Bréfritari: Björn Ólafsson
Viðtakandi: Jón Borgfirðings Jónsson
Dagsetning: A-1861-02-17
Skrifað á: Ytri-Hlíð  N-Múl.
Óvíst

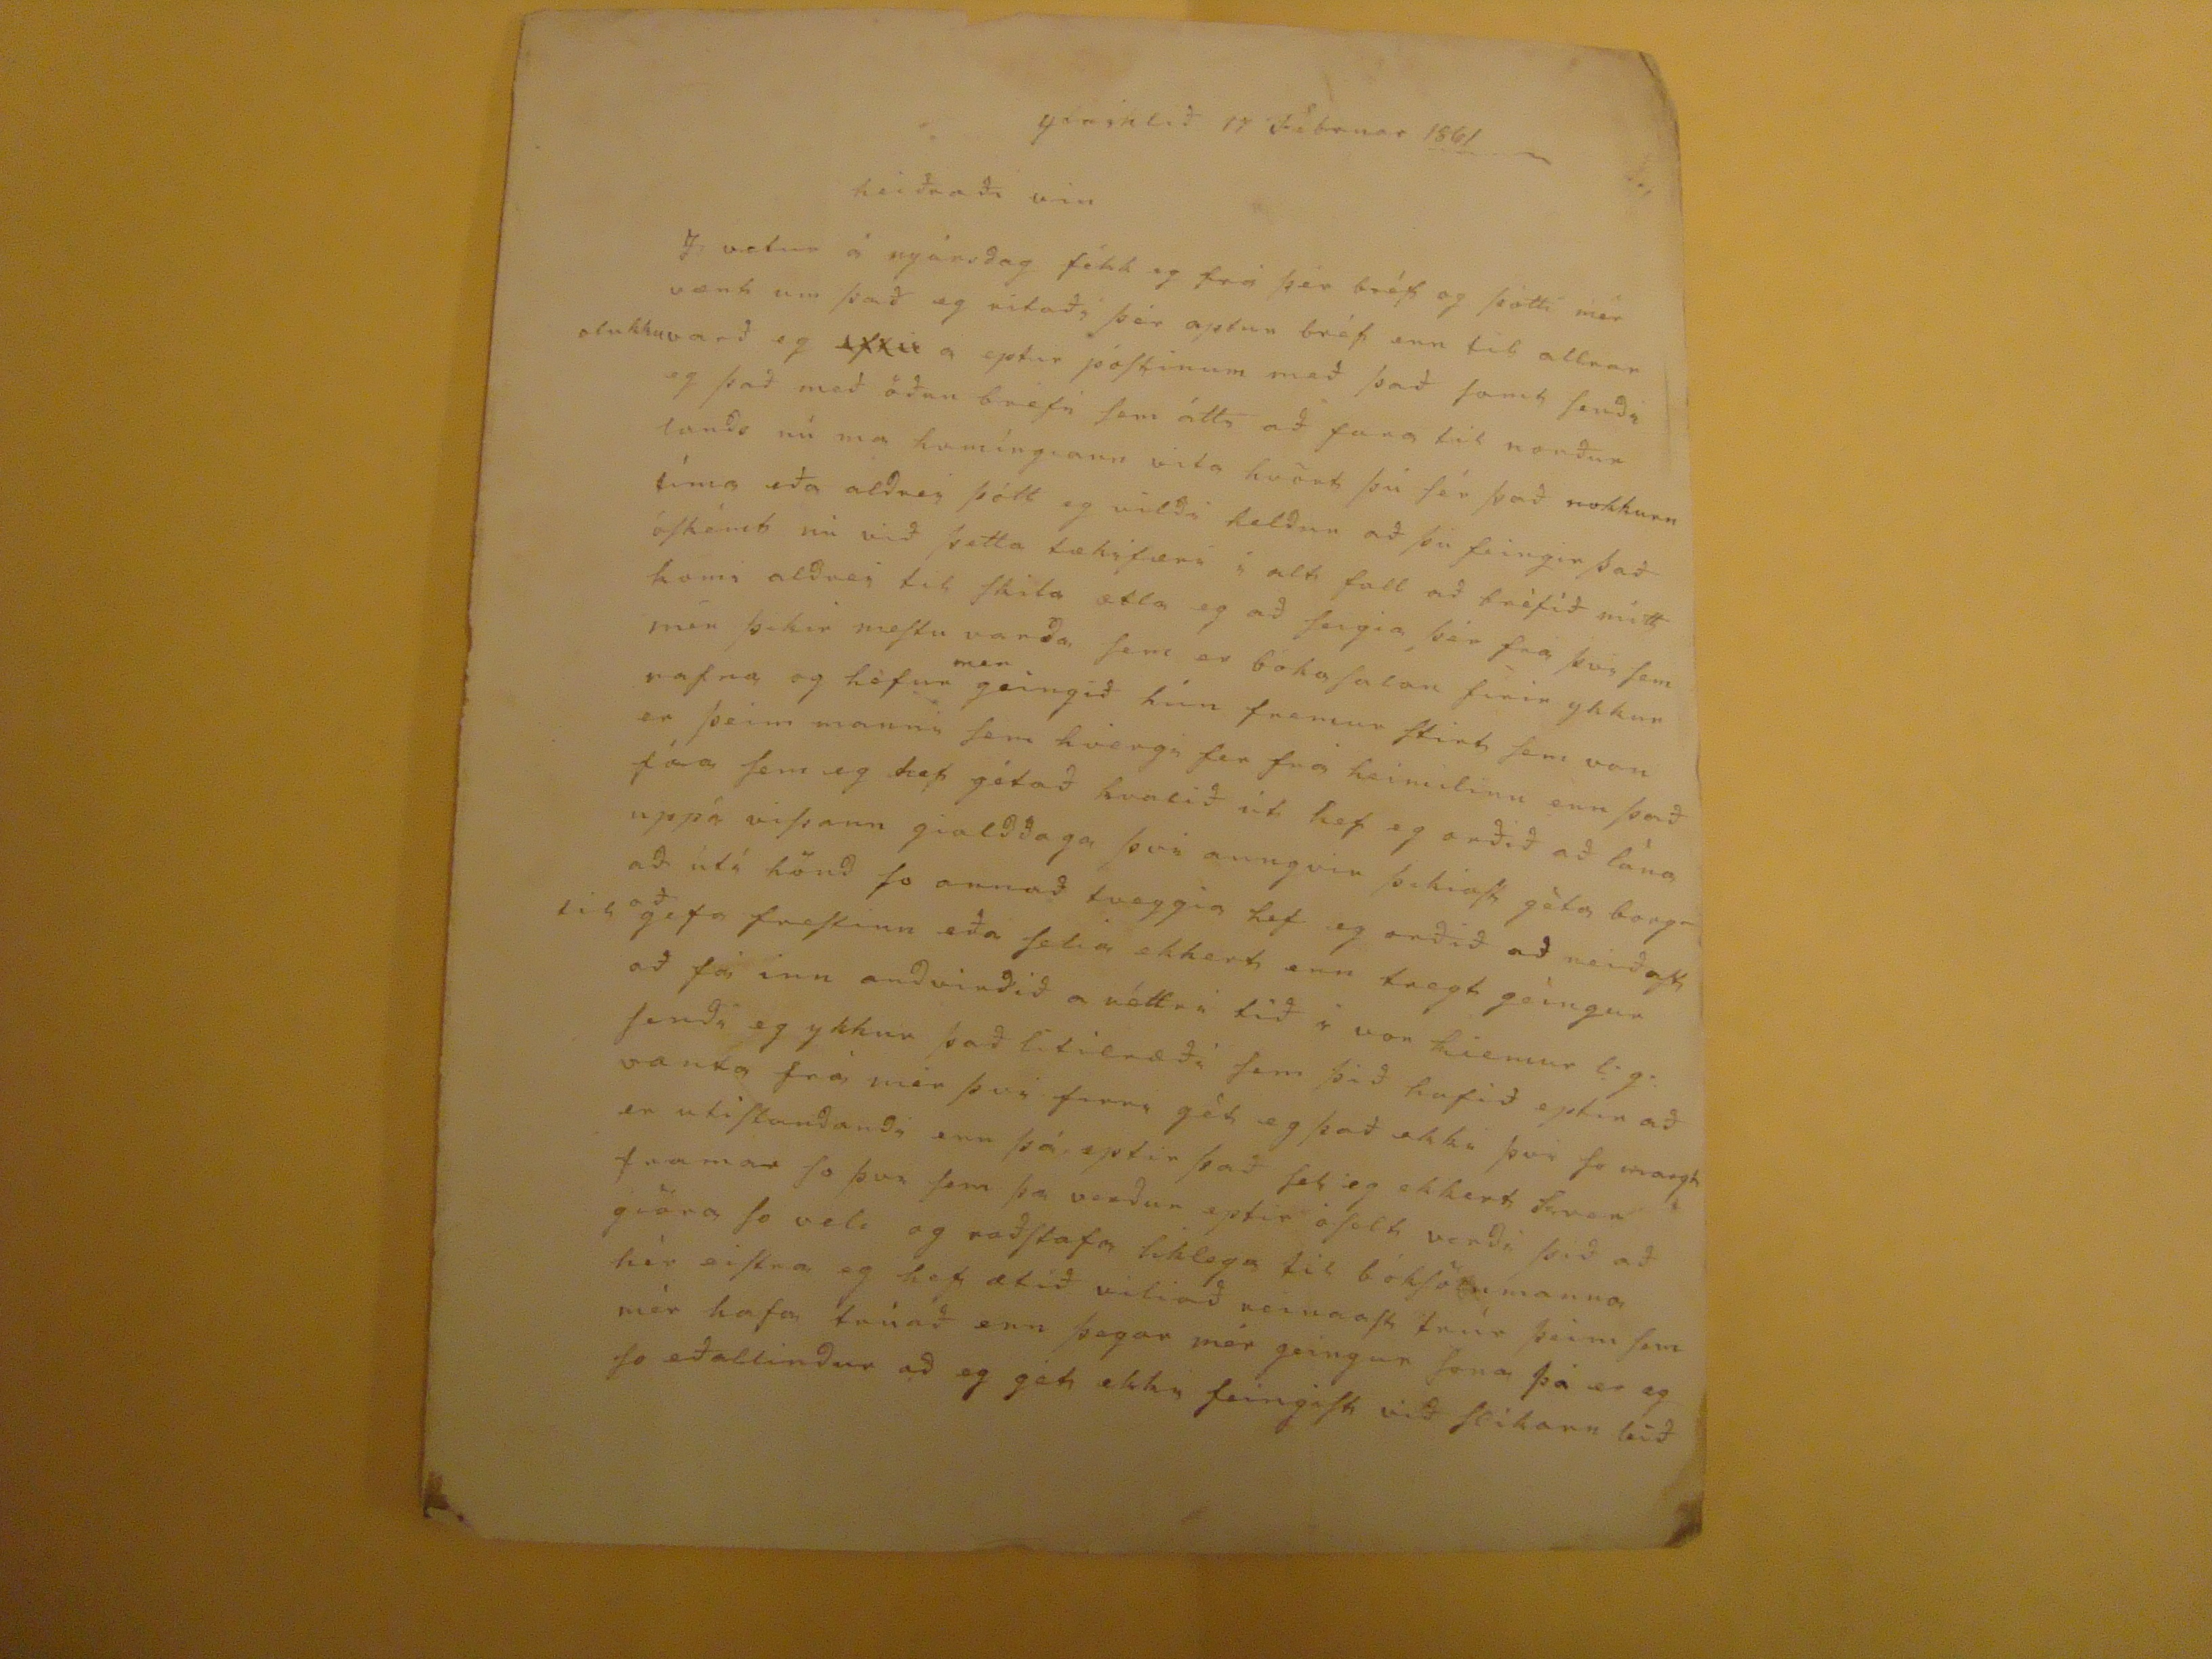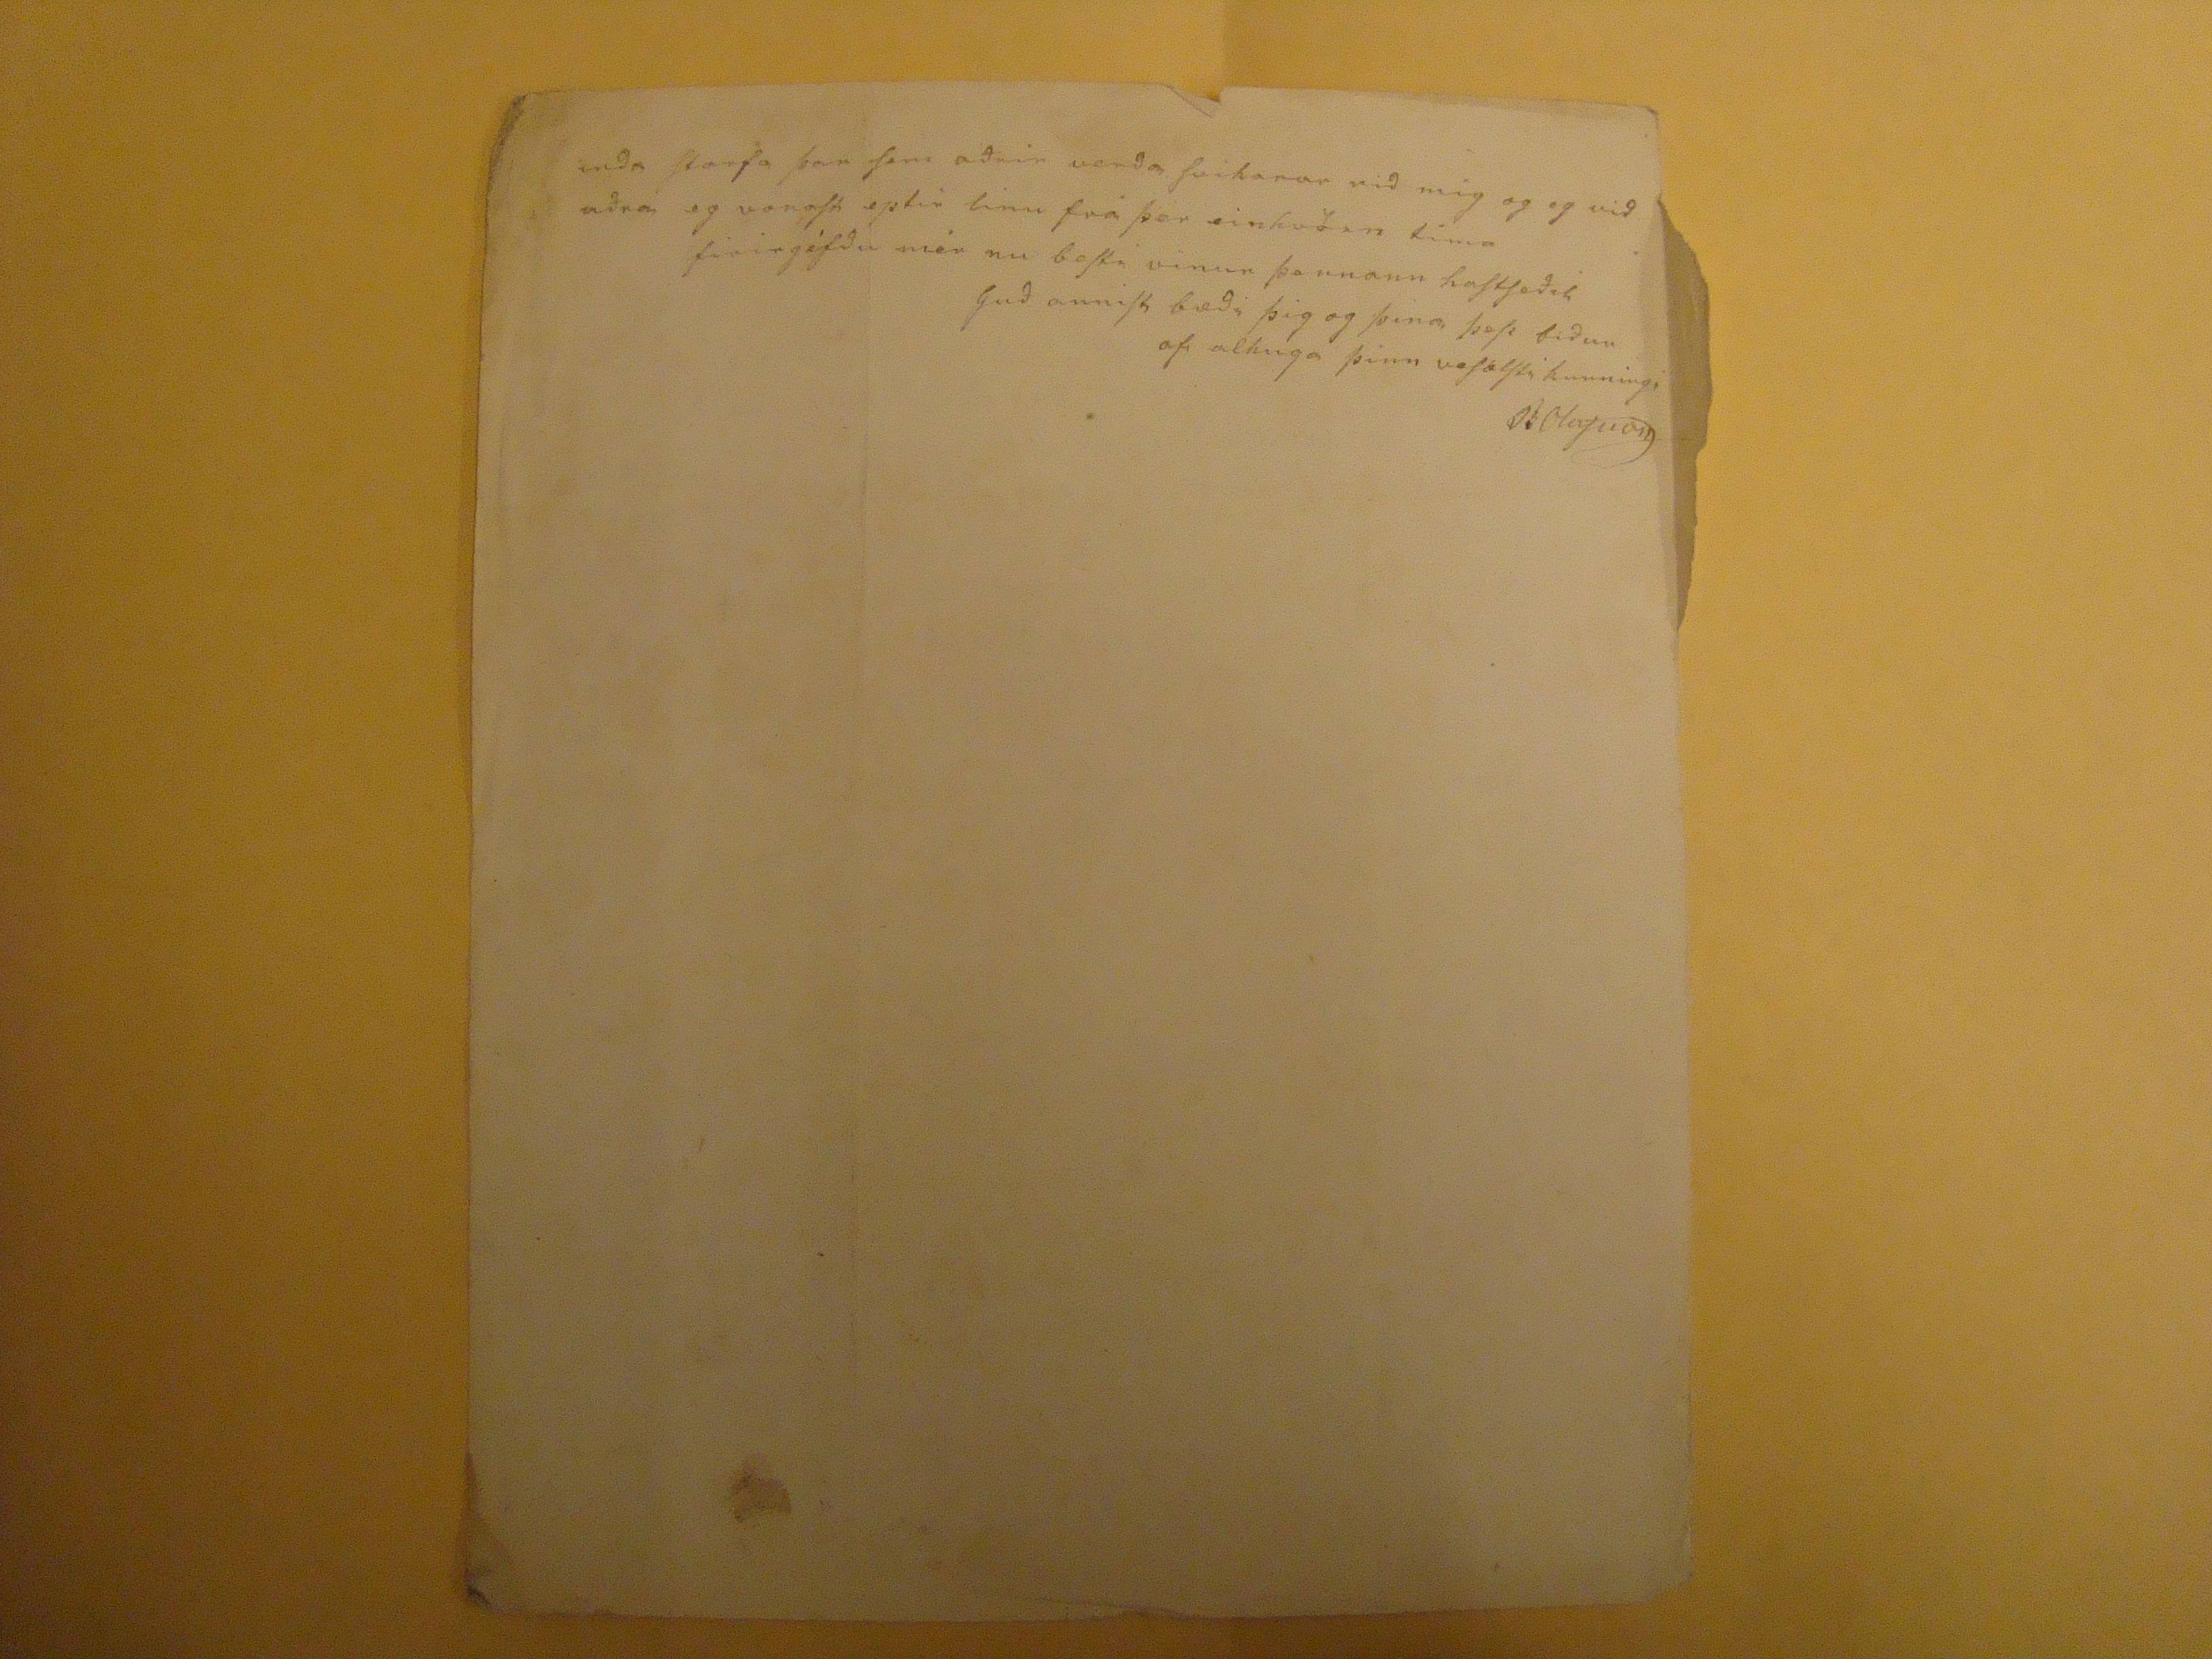

ytrihlið 17 Februar
1861
heiðraði vin
I vetur á nyársdag fékk eg frá þér bréf og þótti mér vænt um það eg ritaði þér aptur bréf enn til allrar olukku varð eg
eftir
á eptir póstinum með það samt sendi eg það með öðru brefi sem átti að fara til norðurlands nú ma hamíngiann vita hvört þú sér það nokkurn tíma eða aldrei þótt eg vildi heldur að þú feingir það óskémt nú við þetta tækifæri i alt fall að bréfið minn komi aldrei til skila ætla eg að seigia þér frá því sem mér þikir mestu varða sem er bokasalan firir ykkur
vafra
og
höfun
mer
geingið hún fremur stirt sem von er þeim manni sem hvergi fer frá himilinu enn það
fór
sem eg hef gétað
hvarið
út hef eg orðið að lána uppá vissann gialddaga þvi aungvir þikiast géta borgað útí hönd so annað tveggia hef eg orðið að neiðast
að
gefa frestinn eða selia ekkert enn tregt geingur að fá inn andvirðið a réttri tið i vor kiemur
l.g.
sendi eg ykkur það litilræði sem þið hafið eptir að vatna frá mér þvi firri gét eg það ekki þvi so margt er utistandandi enn þá eptir það sel eg ekkert
kver
framar so þvi sem þa verður eptir óselt verði þið að giöra so vel og raðstafa liklega til boksölumanna hér eistra eg hefi ætíð viliað reinast trúr þeim sem mér hafa trúað enn þegar mér geingur sona þá er eg so
eðallindur
að eg gét ekki feingist við
slikari leið
enda starfa þar sem aðrir verða svikarar við mig og eg við aðra eg vonast eptir linu frá þer einhvörn tíma firirgéfðu mér nu besti vinur þennann hastseðil
Guð annist bæði þig og þina þess biður af alhuga þinn vesælsti kunningi
BOlafsson